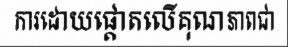
ការដោយផ្តោតលើគុណភាពជា